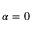
\alpha = 0